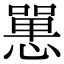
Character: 𢠸